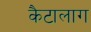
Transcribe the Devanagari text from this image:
कैटालाग